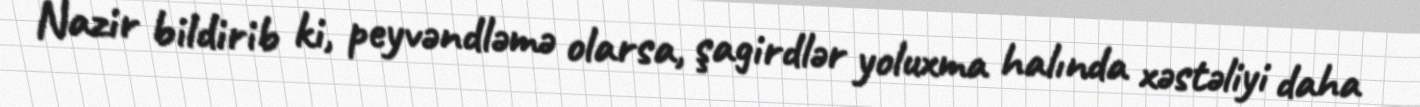
Nazir bildirib ki, peyvəndləmə olarsa, şagirdlər yoluxma halında xəstəliyi daha